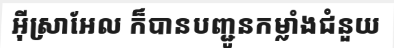
អ៊ីស្រាអែល ក៏បានបញ្ជូនកម្លាំងជំនួយ